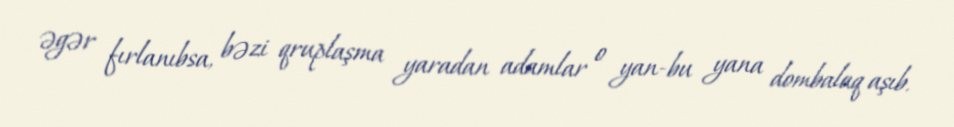
əgər fırlanıbsa, bəzi qruplaşma yaradan adamlar o yan-bu yana dombalaq aşıb.